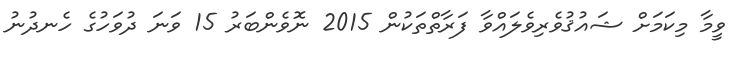
ވީމާ މިކަމަށް ޝައުޤުވެރިވެލައްވާ ފަރާތްތަކުން 2015 ނޮވެންބަރު 15 ވަނަ ދުވަހުގެ ހެނދުނު